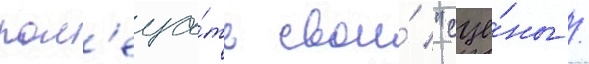
пом'еща́ть свои́ "сце́ны /